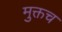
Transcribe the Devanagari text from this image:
मुक्तच